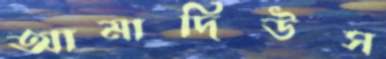
আমাদিউস